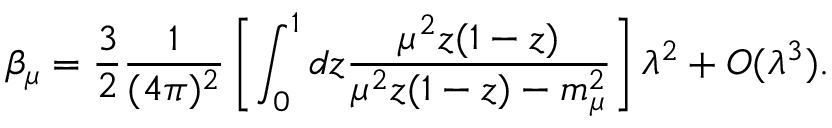
\beta _ { \mu } = \frac { 3 } { 2 } \frac { 1 } { ( 4 \pi ) ^ { 2 } } \left[ \int _ { 0 } ^ { 1 } d z \frac { \mu ^ { 2 } z ( 1 - z ) } { \mu ^ { 2 } z ( 1 - z ) - m _ { \mu } ^ { 2 } } \right] \lambda ^ { 2 } + O ( \lambda ^ { 3 } ) .